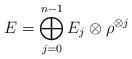
LaTeX: \begin{align*}E = \bigoplus_{j=0}^{n-1} E_j \otimes \rho^{\otimes j}\end{align*}